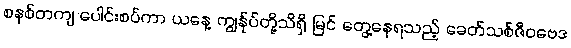
စနစ်တကျ ပေါင်းစပ်ကာ ယနေ့ ကျွန်ုပ်တို့သိရှိ မြင် တွေ့နေရသည့် ခေတ်သစ်ဇီဝဗေဒ